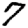
Digit: 7